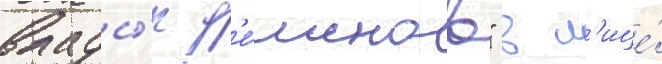
влады́к д'е́монов" в л'ице́